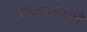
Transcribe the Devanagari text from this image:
वोल्टतावाले